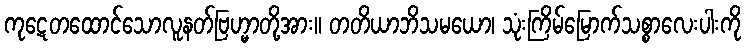
ကုဋေတထောင်သောလူနတ်ဗြဟ္မာတို့အား။ တတိယာဘိသမယော၊ သုံးကြိမ်မြောက်သစ္စာလေးပါးကို